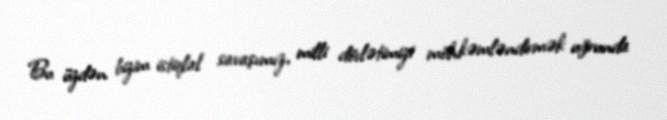
Bu üzdən bizim istiqlal savaşımız, milli dövlətimizi möhkəmləndirmək uğrunda